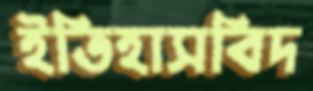
ইতিহাসবিদ